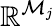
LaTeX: \mathbb{R}^{\mathcal{M}_{j}}